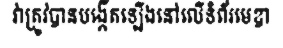
វាត្រូវបានបង្កើតឡើងនៅលើទំព័រមេឌា